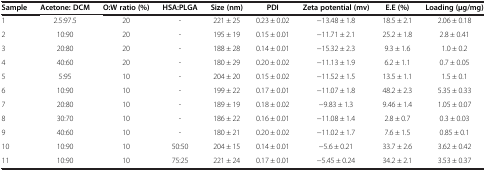
<table><thead><tr><td><b>Sample</b></td><td><b>Acetone: DCM</b></td><td><b>O:W ratio (%)</b></td><td><b>HSA:PLGA</b></td><td><b>Size (nm)</b></td><td><b>PDI</b></td><td><b>Zeta potential (mv)</b></td><td><b>E.E (%)</b></td><td><b>Loading (μg/mg)</b></td></tr></thead><tbody><tr><td>1</td><td>2.5:97.5</td><td>20</td><td>-</td><td>221 ± 25</td><td>0.23 ± 0.02</td><td>−13.48 ± 1.8</td><td>18.5 ± 2.1</td><td>2.06 ± 0.18</td></tr><tr><td>2</td><td>10:90</td><td>20</td><td>-</td><td>195 ± 19</td><td>0.15 ± 0.01</td><td>−11.71 ± 2.1</td><td>25.2 ± 1.8</td><td>2.8 ± 0.41</td></tr><tr><td>3</td><td>20:80</td><td>20</td><td>-</td><td>188 ± 28</td><td>0.14 ± 0.01</td><td>−15.32 ± 2.3</td><td>9.3 ± 1.6</td><td>1.0 ± 0.2</td></tr><tr><td>4</td><td>40:60</td><td>20</td><td>-</td><td>180 ± 29</td><td>0.20 ± 0.02</td><td>−11.13 ± 1.9</td><td>6.2 ± 1.1</td><td>0.7 ± 0.05</td></tr><tr><td>5</td><td>5:95</td><td>10</td><td>-</td><td>204 ± 20</td><td>0.15 ± 0.02</td><td>−11.52 ± 1.5</td><td>13.5 ± 1.1</td><td>1.5 ± 0.1</td></tr><tr><td>6</td><td>10:90</td><td>10</td><td>-</td><td>199 ± 22</td><td>0.17 ± 0.01</td><td>−11.07 ± 1.8</td><td>48.2 ± 2.3</td><td>5.35 ± 0.33</td></tr><tr><td>7</td><td>20:80</td><td>10</td><td>-</td><td>189 ± 19</td><td>0.18 ± 0.02</td><td>−9.83 ± 1.3</td><td>9.46 ± 1.4</td><td>1.05 ± 0.07</td></tr><tr><td>8</td><td>30:70</td><td>10</td><td>-</td><td>186 ± 22</td><td>0.16 ± 0.01</td><td>−11.08 ± 1.4</td><td>2.8 ± 0.7</td><td>0.3 ± 0.03</td></tr><tr><td>9</td><td>40:60</td><td>10</td><td>-</td><td>180 ± 21</td><td>0.20 ± 0.02</td><td>−11.02 ± 1.7</td><td>7.6 ± 1.5</td><td>0.85 ± 0.1</td></tr><tr><td>10</td><td>10:90</td><td>10</td><td>50:50</td><td>204 ± 15</td><td>0.14 ± 0.01</td><td>−5.6 ± 0.21</td><td>33.7 ± 2.6</td><td>3.62 ± 0.42</td></tr><tr><td>11</td><td>10:90</td><td>10</td><td>75:25</td><td>221 ± 24</td><td>0.17 ± 0.01</td><td>−5.45 ± 0.24</td><td>34.2 ± 2.1</td><td>3.53 ± 0.37</td></tr></tbody></table>